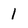
Character: 1